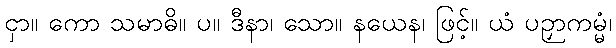
ငှာ။ ကော သမာဓိ။ ပ။ ဒီနာ၊ သော။ နယေန၊ ဖြင့်။ ယံ ပဉှာကမ္မံ၊